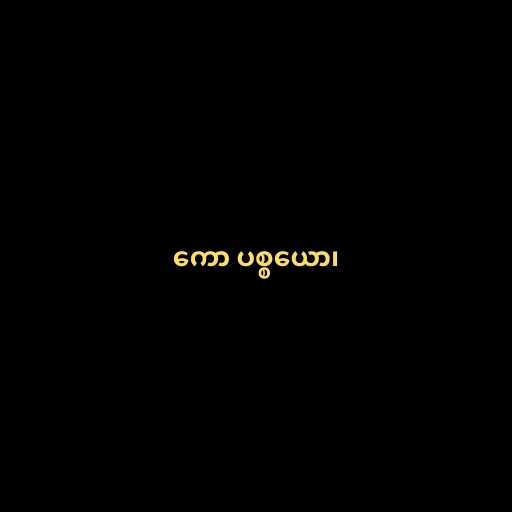
ကော ပစ္စယော၊